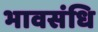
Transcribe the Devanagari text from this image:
भावसंधि